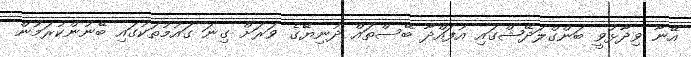
އޭނާ ވިދާޅުވީ ބަންގްލަދޭޝްގައި އުފައްދާ ބޭސްތައް ދުނިޔޭގެ ވަރަށް ގިނަ ގައުމުތަކުގައި ބޭނުންކުރަމުން